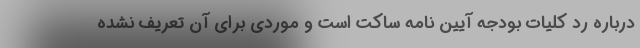
درباره رد کلیات بودجه آیین نامه ساکت است و موردی برای آن تعریف نشده